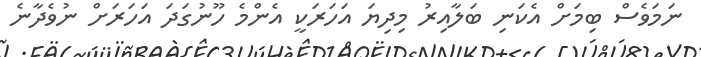
ނަމަވެސް ބިމަށް އެކަނި ބަލާއިރު މިދިޔަ އަހަރަކީ އެންމެ ހޫނުގަދަ އަހަރަށް ނުވެދާނެ